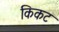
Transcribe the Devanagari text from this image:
किकट